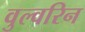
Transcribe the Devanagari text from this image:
वुल्वरिन